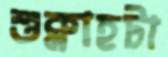
শুক্লাহটা